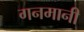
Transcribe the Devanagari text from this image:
गनमानी